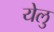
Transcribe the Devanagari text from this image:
येलु